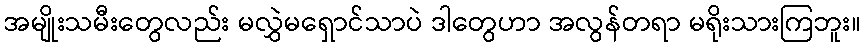
အမျိုးသမီးတွေလည်း မလွှဲမရှောင်သာပဲ ဒါတွေဟာ အလွန်တရာ မရိုးသားကြဘူး။